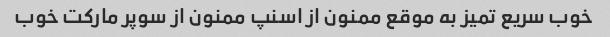
خوب سریع تمیز به موقع ممنون از اسنپ ممنون از سوپر مارکت خوب